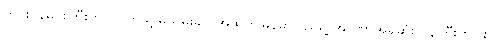
ကင်းဝန်မင်းကြီးဟာ ဗြိတိသျှမသိမ်းခင် အထက်မြန်မာပြည်ရဲ့ အာဏာအရှိဆုံး ဝန်ကြီးတပါး